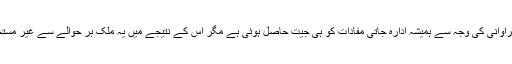
وسائل کی فراوانی کی وجہ سے ہمیشہ ادارہ جاتی مفادات کو ہی جیت حاصل ہوئی ہے مگر اس کے نتیجے میں یہ ملک ہر حوالے سے غیر مستحکم ہوا ہے۔